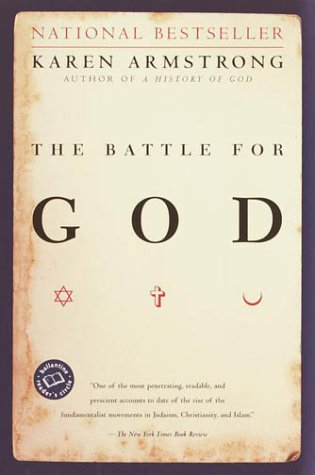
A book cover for The Battle for God; Karen Armstrong; Christian Books & Bibles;